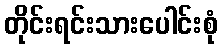
တိုင်းရင်းသားပေါင်းစုံ